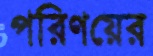
পরিণয়ের